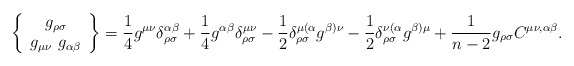
\begin{align*}\left\{\begin{array}{c}g_{\rho\sigma} \\ g_{\mu\nu}\ g_{\alpha\beta}\end{array}\right\}=\frac{1}{4}g^{\mu\nu}\delta^{\alpha\beta}_{\rho\sigma}+\frac{1}{4}g^{\alpha\beta}\delta^{\mu\nu}_{\rho\sigma}-\frac{1}{2}\delta^{\mu(\alpha}_{\rho\sigma}g^{\beta)\nu}-\frac{1}{2}\delta^{\nu(\alpha}_{\rho\sigma}g^{\beta)\mu}+\frac{1}{n-2}g_{\rho\sigma}C^{\mu\nu,\alpha\beta}.\end{align*}